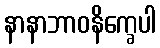
နာနာဘာဝနိက္ခေပါ